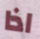
اذا